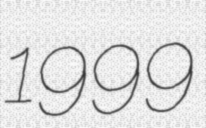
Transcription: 1999